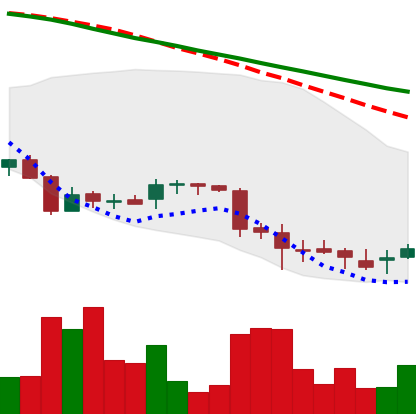
Ticker: DOGE-USD
Chart end date: 2018-06-30
Forward return: 4.002%
Label: up_3_5